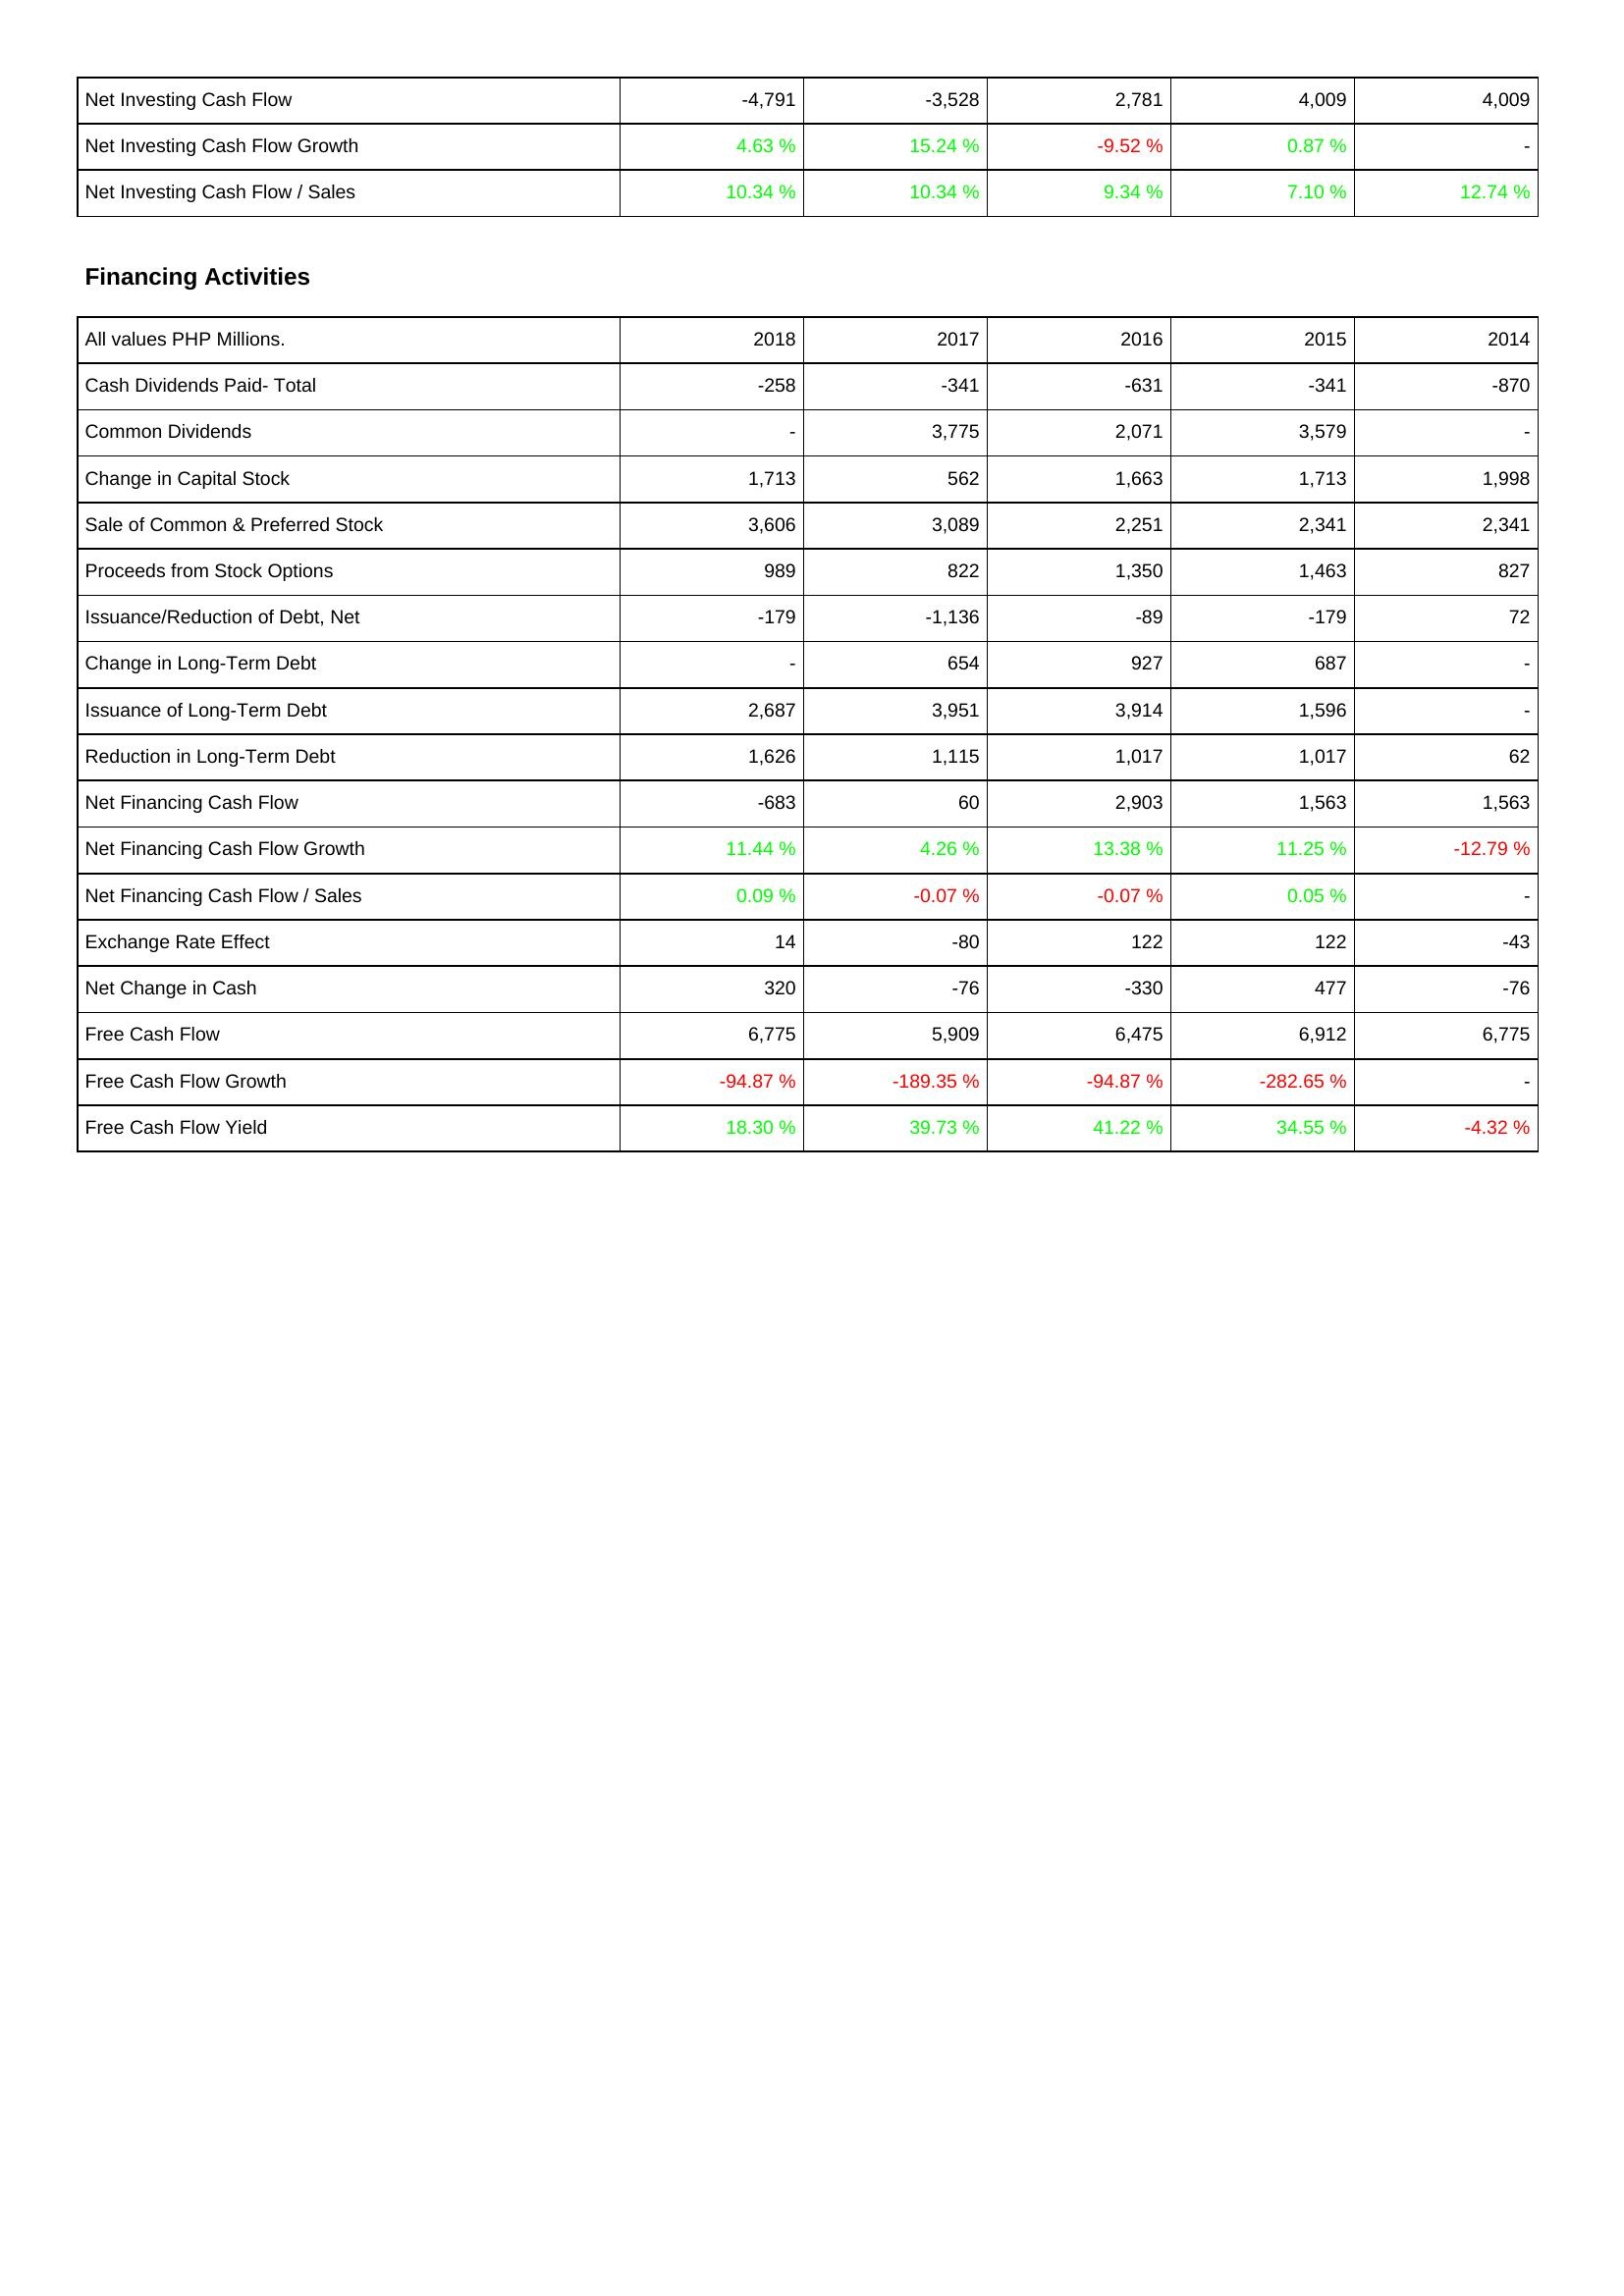
2018: Investing Activities: Net Investing Cash Flow: -4,791
Net Investing Cash Flow Growth: 4.63 %
Net Investing Cash Flow / Sales: 10.34 %
Financing Activities: Cash Dividends Paid- Total: -258
Common Dividends: -
Change in Capital Stock: 1,713
Sale of Common & Preferred Stock: 3,606
Proceeds from Stock Options: 989
Issuance/Reduction of Debt, Net: -179
Change in Long-Term Debt: -
Issuance of Long-Term Debt: 2,687
Reduction in Long-Term Debt: 1,626
Net Financing Cash Flow: -683
Net Financing Cash Flow Growth: 11.44 %
Net Financing Cash Flow / Sales: 0.09 %
Exchange Rate Effect: 14
Net Change in Cash: 320
Free Cash Flow: 6,775
Free Cash Flow Growth: -94.87 %
Free Cash Flow Yield: 18.30 %
2017: Investing Activities: Net Investing Cash Flow: -3,528
Net Investing Cash Flow Growth: 15.24 %
Net Investing Cash Flow / Sales: 10.34 %
Financing Activities: Cash Dividends Paid- Total: -341
Common Dividends: 3,775
Change in Capital Stock: 562
Sale of Common & Preferred Stock: 3,089
Proceeds from Stock Options: 822
Issuance/Reduction of Debt, Net: -1,136
Change in Long-Term Debt: 654
Issuance of Long-Term Debt: 3,951
Reduction in Long-Term Debt: 1,115
Net Financing Cash Flow: 60
Net Financing Cash Flow Growth: 4.26 %
Net Financing Cash Flow / Sales: -0.07 %
Exchange Rate Effect: -80
Net Change in Cash: -76
Free Cash Flow: 5,909
Free Cash Flow Growth: -189.35 %
Free Cash Flow Yield: 39.73 %
2016: Investing Activities: Net Investing Cash Flow: 2,781
Net Investing Cash Flow Growth: -9.52 %
Net Investing Cash Flow / Sales: 9.34 %
Financing Activities: Cash Dividends Paid- Total: -631
Common Dividends: 2,071
Change in Capital Stock: 1,663
Sale of Common & Preferred Stock: 2,251
Proceeds from Stock Options: 1,350
Issuance/Reduction of Debt, Net: -89
Change in Long-Term Debt: 927
Issuance of Long-Term Debt: 3,914
Reduction in Long-Term Debt: 1,017
Net Financing Cash Flow: 2,903
Net Financing Cash Flow Growth: 13.38 %
Net Financing Cash Flow / Sales: -0.07 %
Exchange Rate Effect: 122
Net Change in Cash: -330
Free Cash Flow: 6,475
Free Cash Flow Growth: -94.87 %
Free Cash Flow Yield: 41.22 %
2015: Investing Activities: Net Investing Cash Flow: 4,009
Net Investing Cash Flow Growth: 0.87 %
Net Investing Cash Flow / Sales: 7.10 %
Financing Activities: Cash Dividends Paid- Total: -341
Common Dividends: 3,579
Change in Capital Stock: 1,713
Sale of Common & Preferred Stock: 2,341
Proceeds from Stock Options: 1,463
Issuance/Reduction of Debt, Net: -179
Change in Long-Term Debt: 687
Issuance of Long-Term Debt: 1,596
Reduction in Long-Term Debt: 1,017
Net Financing Cash Flow: 1,563
Net Financing Cash Flow Growth: 11.25 %
Net Financing Cash Flow / Sales: 0.05 %
Exchange Rate Effect: 122
Net Change in Cash: 477
Free Cash Flow: 6,912
Free Cash Flow Growth: -282.65 %
Free Cash Flow Yield: 34.55 %
2014: Investing Activities: Net Investing Cash Flow: 4,009
Net Investing Cash Flow Growth: -
Net Investing Cash Flow / Sales: 12.74 %
Financing Activities: Cash Dividends Paid- Total: -870
Common Dividends: -
Change in Capital Stock: 1,998
Sale of Common & Preferred Stock: 2,341
Proceeds from Stock Options: 827
Issuance/Reduction of Debt, Net: 72
Change in Long-Term Debt: -
Issuance of Long-Term Debt: -
Reduction in Long-Term Debt: 62
Net Financing Cash Flow: 1,563
Net Financing Cash Flow Growth: -12.79 %
Net Financing Cash Flow / Sales: -
Exchange Rate Effect: -43
Net Change in Cash: -76
Free Cash Flow: 6,775
Free Cash Flow Growth: -
Free Cash Flow Yield: -4.32 %